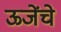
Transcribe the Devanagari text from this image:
ऊजेंचे